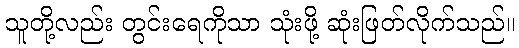
သူတို့လည်း တွင်းရေကိုသာ သုံးဖို့ ဆုံးဖြတ်လိုက်သည်။